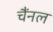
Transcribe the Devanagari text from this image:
चैंनल